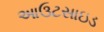
આઉટસાઇડ